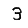
Digit: 3